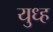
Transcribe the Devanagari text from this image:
युध्ह